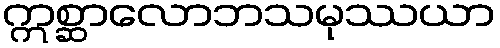
ဣစ္ဆာလောဘသမုဿယာ